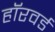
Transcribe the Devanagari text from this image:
हॉरवर्ड